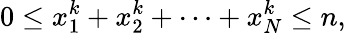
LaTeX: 0\leq x_{1}^{k}+x_{2}^{k}+\cdots+x_{N}^{k}\leq n,